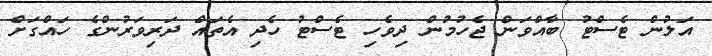
އަލުން ޓެސްޓު ބާއްވަން ޖެހުމުން ދިވެހި ޓެސްޓު ހެދި އެތައް ދަރިވަރުންގެ ހައްގަށް